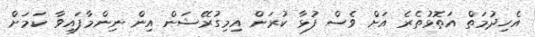
އެހިދުމަތް އަތޮޅުތެރެ އަށް ވެސް ފުޅާ ކުރަން އިމިގުރޭޝަން އިން ނިންމާފައިވާ ކަމަށް